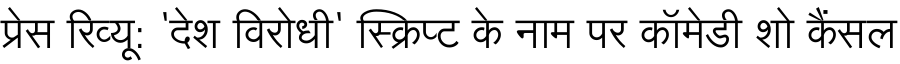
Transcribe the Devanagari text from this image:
प्रेस रिव्यू: 'देश विरोधी' स्क्रिप्ट के नाम पर कॉमेडी शो कैंसल